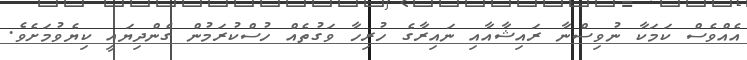
އެއްވެސް ކަމަކާ ނުވިސްނާ ރައިޝާއާއި ނައިރާގެ ހުރިހާ ވަގުތެއް ހުސްކުރަމުން ގެންދިޔައީ ކިޔެވުމަށެވެ.